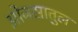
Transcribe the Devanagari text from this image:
ओजसातुल